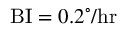
\mathrm { B I } = 0 . 2 ^ { \circ } / \mathrm { h r }